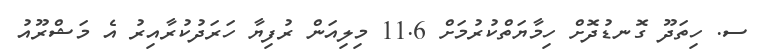
ސ. ހިތަދޫ ގޮނޑުދޮށް ހިމާޔަތްކުރުމަށް 11.6 މިލިއަން ރުފިޔާ ހަރަދުކުރާއިރު އެ މަޝްރޫއު